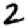
Digit: 2